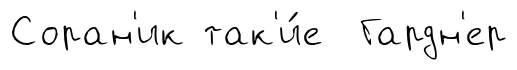
Соран'ик так'и́е Гардн'ер